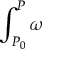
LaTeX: \int _ { P _ { 0 } } ^ { P } \omega